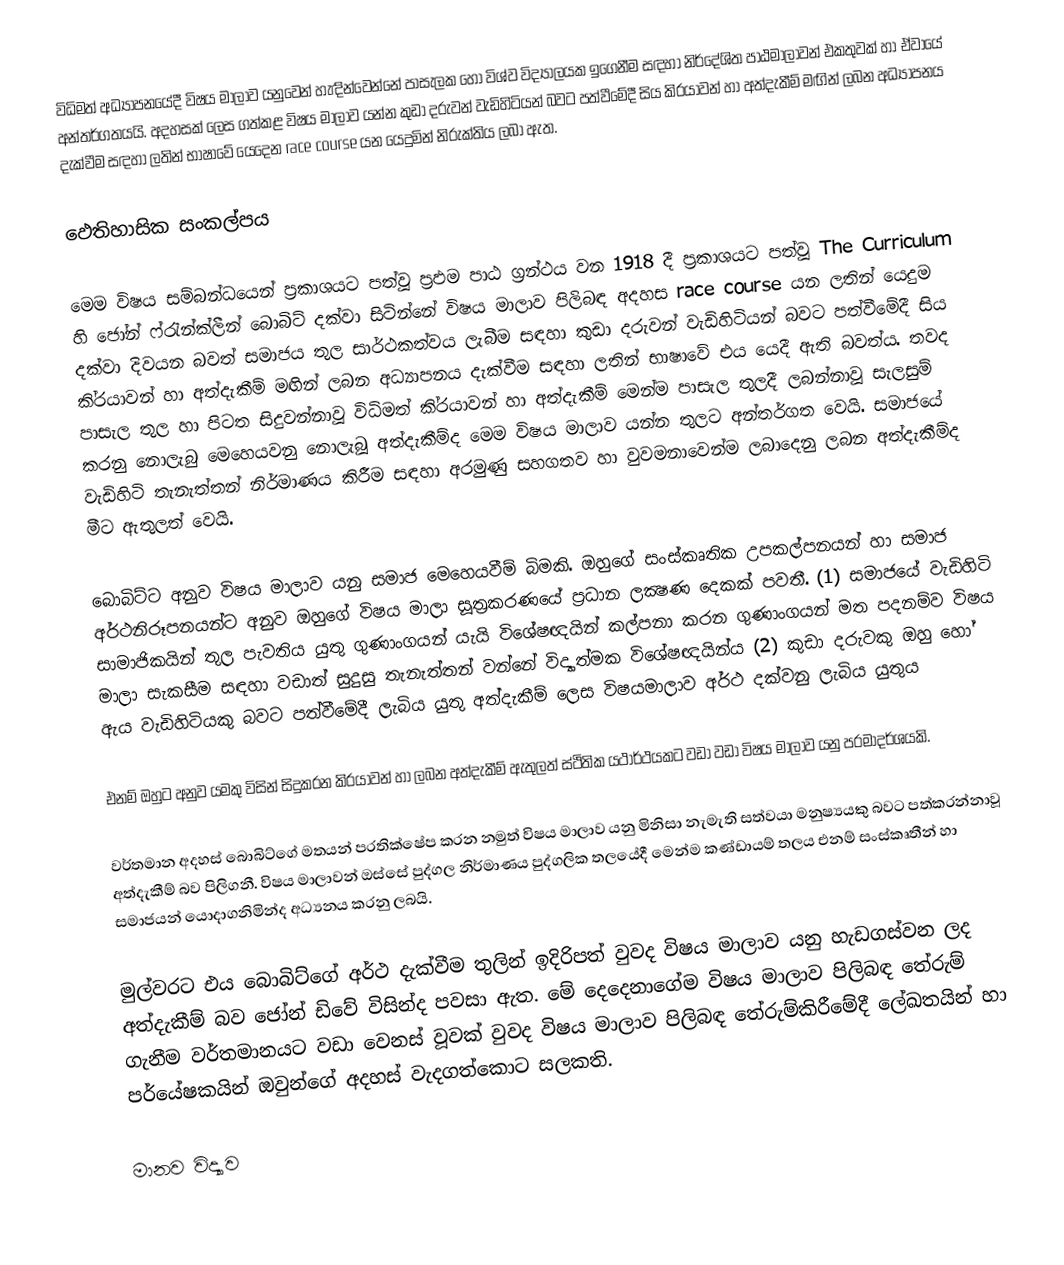
විධිමත් අධ්‍යාපනයේදී විෂය මාලාව යනුවෙන් හැඳින්වෙන්නේ පාසැලක හෝ විශ්ව විද්‍යාලයක ඉගෙනීම සඳහා නිර්දේශිත පාඨමාලාවන් එකතුවක් හා ඒවායේ අන්තර්ගතයයි. අදහසක් ලෙස ගත්කළ විෂය මාලාව යන්න කුඩා දරුවන් වැඩිහිටියන් බවට පත්වීමේදී සිය කි‍්‍රයාවන් හා අත්දැකීම් මඟින් ලබන අධ්‍යාපනය දැක්වීම සඳහා ලතින් භාෂාවේ යෙදෙන race course යන යෙදුමින් නිරුක්තිය ලබා ඇත.

ඵෙතිහාසික සංකල්පය

මෙම විෂය සම්බන්ධයෙන් ප‍්‍රකාශයට පත්වූ ප‍්‍රඵම පාඨ ග‍්‍රන්ථය වන 1918 දී ප‍්‍රකාශයට පත්වූ The Curriculum හි ජෝන් ෆ්රැන්ක්ලීන් බොබිට් දක්වා සිටින්නේ විෂය මාලාව පිලිබඳ අදහස race course යන ලතින් යෙදුම දක්වා දිවයන බවත් සමාජය තුල සාර්ථකත්වය ලැබීම සඳහා කුඩා දරුවන් වැඩිහිටියන් බවට පත්වීමේදී සිය කි‍්‍රයාවන් හා අත්දැකීම් මඟින් ලබන අධ්‍යාපනය දැක්වීම සඳහා ලතින් භාෂාවේ එය යෙදී ඇති බවත්ය. තවද පාසැල තුල හා පිටත සිදුවන්නාවූ විධිමත් කි‍්‍රයාවන් හා අත්දැකීම් මෙන්ම පාසැල තුලදී ලබන්නාවූ සැලසුම් කරනු නොලැබු මෙහෙයවනු නොලැබූ අත්දැකීම්ද මෙම විෂය මාලාව යන්න තුලට අන්තර්ගත වෙයි. සමාජයේ වැඩිහිටි තැනැත්තන් නිර්මාණය කිරීම සඳහා අරමුණු සහගතව හා වුවමනාවෙන්ම ලබාදෙනු ලබන අත්දැකීම්ද මීට ඇතුලත් වෙයි.

බොබිට්ට අනුව විෂය මාලාව යනු සමාජ මෙහෙයවීම් බිමකි. ඔහුගේ සංස්කෘතික උපකල්පනයන් හා සමාජ අර්ථනිරූපනයන්ට අනුව ඔහුගේ විෂය මාලා සූත‍්‍රකරණයේ ප‍්‍රධාන ලක්‍ෂණ දෙකක් පවතී. (1) සමාජයේ වැඩිහිටි සාමාජිකයින් තුල පැවතිය යුතු ගුණාංගයන් යැයි විශේෂඥයින් කල්පනා කරන ගුණාංගයන් මත පදනම්ව විෂය මාලා සැකසීම සඳහා වඩාත් සුදුසු තැනැත්තන් වන්නේ විද්‍යාත්මක විශේෂඥයින්ය (2) කුඩා දරුවකු ඔහු හෝ ඇය වැඩිහිටියකු බවට පත්වීමේදී ලැබිය යුතු අත්දැකීම් ලෙස විෂයමාලාව අර්ථ දක්වනු ලැබිය යුතුය

එනම් ඔහුට අනුව යමකු විසින් සිදුකරන කි‍්‍රයාවන් හා ලබන අත්දැකීම් ඇතුලත් ස්ථිතික යථාර්ථයකට වඩා වඩා විෂය මාලාව යනු පරමාදර්ශයකි.

වර්තමාන අදහස් බොබිට්ගේ මතයන් ප‍්‍රතික්ෂේප කරන නමුත් විෂය මාලාව යනු මිනිසා නැමැති සත්වයා මනුෂ්‍යයකු බවට පත්කරන්නාවූ අත්දැකීම් බව පිලිගනී. විෂය මාලාවන් ඔස්සේ පුද්ගල නිර්මාණය පුද්ගලික තලයේදී මෙන්ම කණ්ඩායම් තලය එනම් සංස්කෘතීන් හා සමාජයන් යොදාගනිමින්ද අධ්‍යනය කරනු ලබයි.

මුල්වරට එය බොබිට්ගේ අර්ථ දැක්වීම තුලින් ඉදිරිපත් වුවද විෂය මාලාව යනු හැඩගස්වන ලද අත්දැකීම් බව ජෝන් ඩිවේ විසින්ද පවසා ඇත. මේ දෙදෙනාගේම විෂය මාලාව පිලිබඳ තේරුම් ගැනීම වර්තමානයට වඩා වෙනස් වූවක් වුවද විෂය මාලාව පිලිබඳ තේරුම්කිරීමේදී ලේඛතයින් හා පර්යේෂකයින් ඔවුන්ගේ අදහස් වැදගත්කොට සලකති.

මානව විද්‍යාව